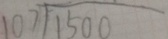
1 0 7 \sqrt { 1 5 0 0 }